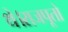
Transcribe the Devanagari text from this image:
थे।राजपूतो